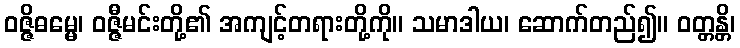
ဝဇ္ဇိဓမ္မေ၊ ဝဇ္ဇီမင်းတို့၏ အကျင့်တရားတို့ကို။ သမာဒါယ၊ ဆောက်တည်၍။ ဝတ္တန္တိ၊